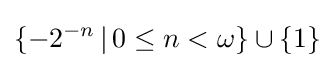
\{-2^{-n}\,|\,0\leq n<\omega \}\cup \{1\}